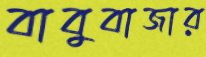
বাবুবাজার